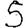
Digit: 5